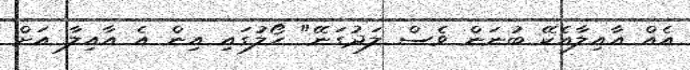
އެއް އާއިލާއެކޭ ބުނަން ވެސް ލަދުގަނޭ" ހޯލުގައި އިން އެ އާއިލާ އަށް